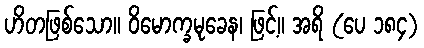
ဟိတဖြစ်သော။ ဝိမောက္ခမုခေန၊ ဖြင့်။ အရိ (ပေ ၁၈၄)